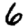
Digit: 6